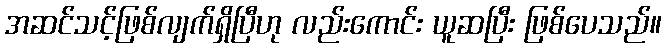
အဆင်သင့်ဖြစ်လျက်ရှိပြီဟု လည်းကောင်း ယူဆပြီး ဖြစ်ပေသည်။